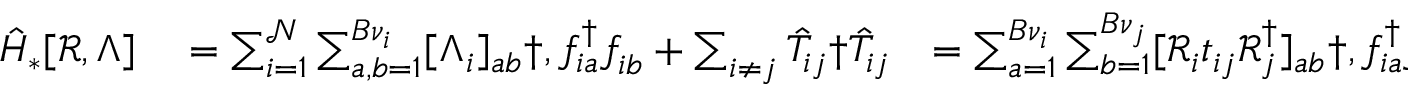
\begin{array} { r l r } { \hat { H } _ { * } [ \mathcal { R } , \Lambda ] } & { { } = \sum _ { i = 1 } ^ { \mathcal { N } } \sum _ { a , b = 1 } ^ { { B } \nu _ { i } } [ \Lambda _ { i } ] _ { a b } \dag , f _ { i a } ^ { \dagger } f _ { i b } ^ { \phantom { \dagger } } + \sum _ { i \neq j } \hat { T } _ { i j } \dag \hat { T } _ { i j } } & { = \sum _ { a = 1 } ^ { B \nu _ { i } } \sum _ { b = 1 } ^ { B \nu _ { j } } [ \mathcal { R } _ { i } t _ { i j } \mathcal { R } _ { j } ^ { \dagger } ] _ { a b } \dag , f _ { i a } ^ { \dagger } f _ { j b } ^ { \phantom { \dagger } } \dag , , } \end{array}